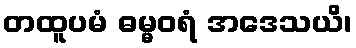
တထူပမံ ဓမ္မဝရံ အဒေသယိ၊